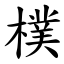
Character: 樸